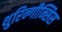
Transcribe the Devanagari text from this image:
थुरिन्गीन्सिस